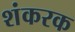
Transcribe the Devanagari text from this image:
शंकरक